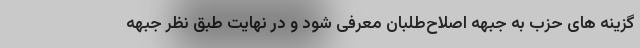
گزینه های حزب به جبهه اصلاح‌طلبان معرفی شود و در نهایت طبق نظر جبهه